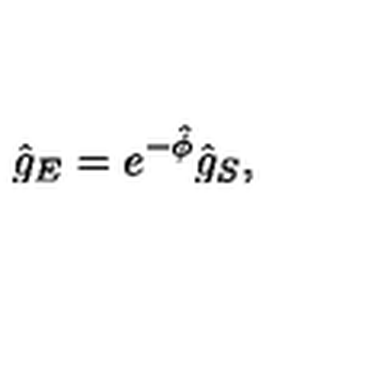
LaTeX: { \hat { g } } _ { E } = e ^ { - \hat { \phi } } { \hat { g } } _ { S } ,